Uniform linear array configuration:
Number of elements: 48
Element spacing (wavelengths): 1
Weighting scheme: kaiser
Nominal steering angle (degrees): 0
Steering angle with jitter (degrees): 0.1757
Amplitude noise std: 0.05
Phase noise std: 0.05

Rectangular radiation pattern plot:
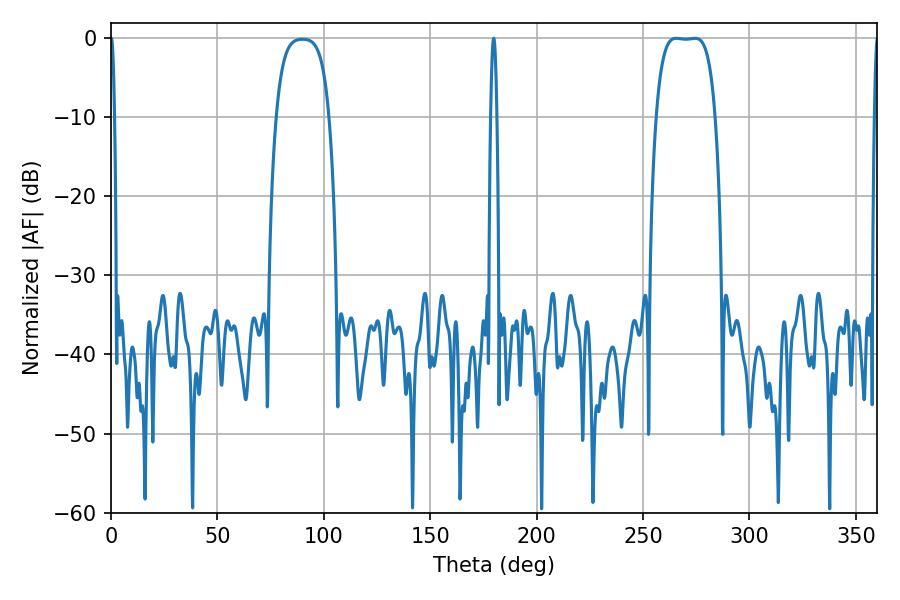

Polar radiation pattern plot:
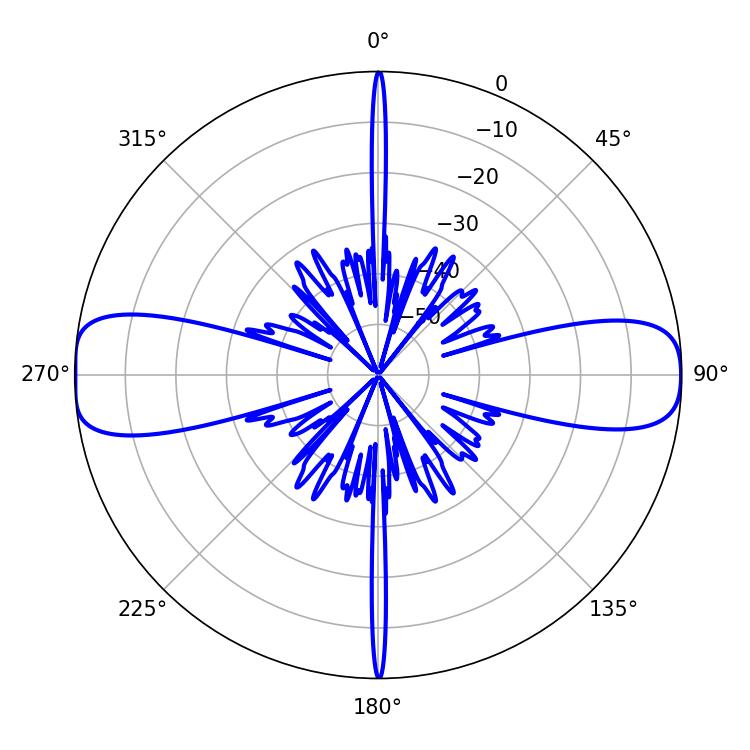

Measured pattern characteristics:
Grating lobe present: TRUE
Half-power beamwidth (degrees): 21.6
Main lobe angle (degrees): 265.5